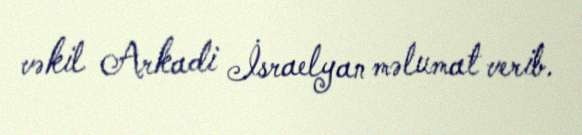
vəkil Arkadi İsraelyan məlumat verib.